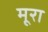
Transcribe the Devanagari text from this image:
मूरा